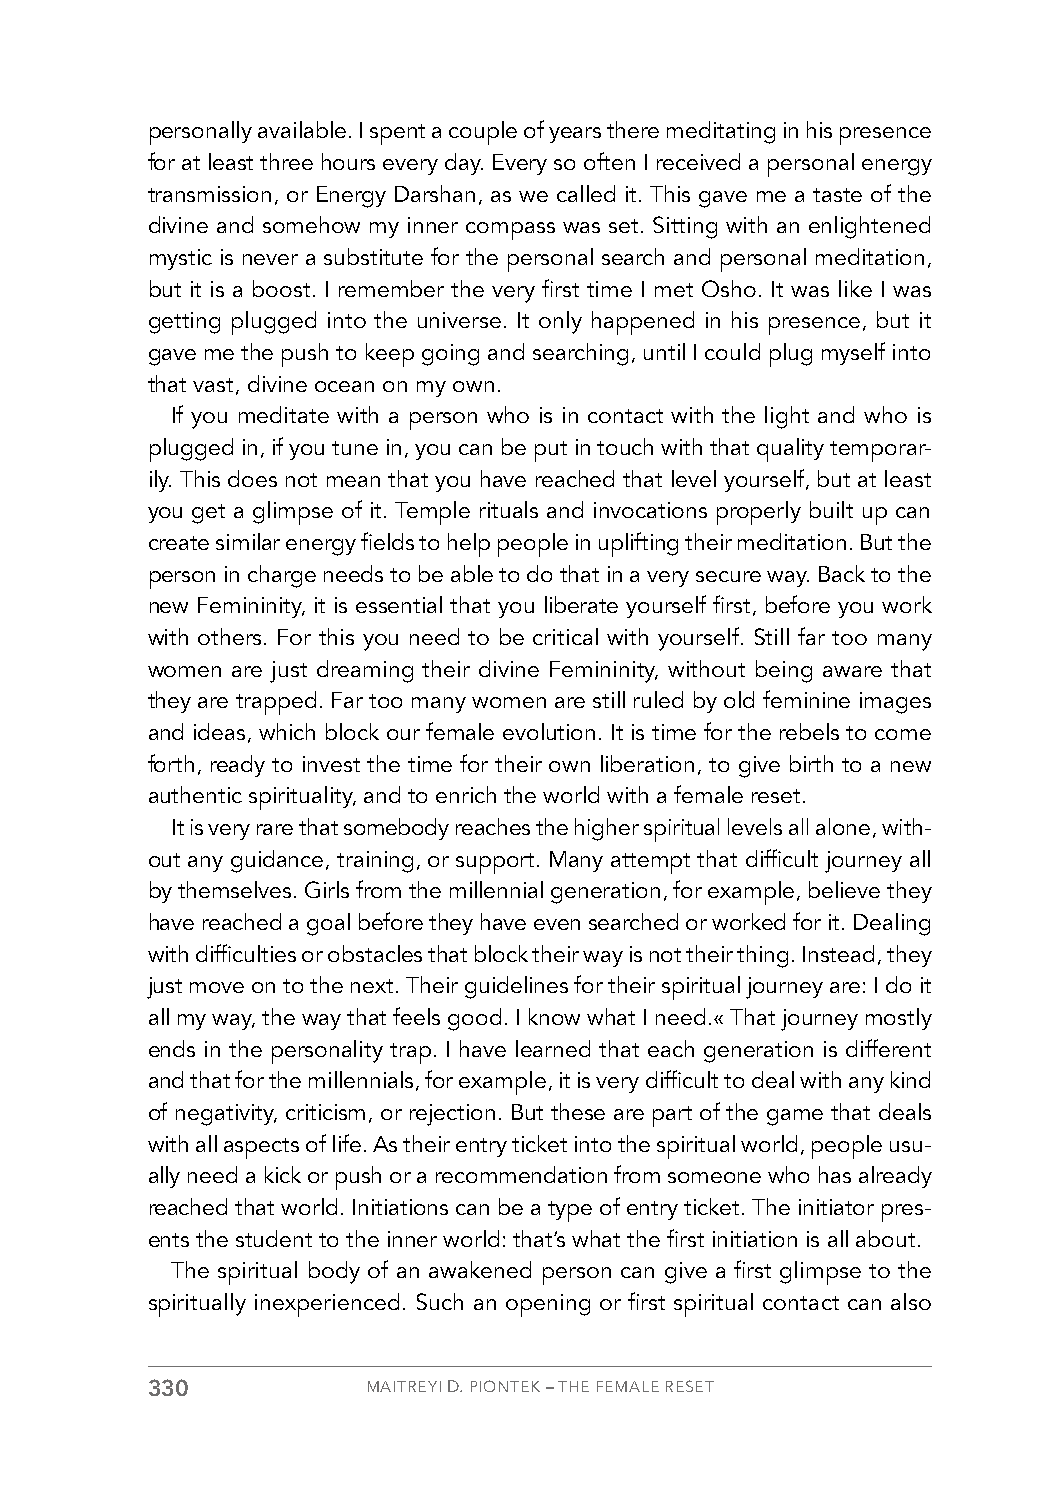
personally available. I spent a couple of years there meditating in his presence
 for at least three hours every day. Every so often I received a personal energy
 transmission, or Energy Darshan, as we called it. This gave me a taste of the
 divine and somehow my inner compass was set. Sitting with an enlightened
 mystic is never a substitute for the personal search and personal meditation,
 but it is a boost. I remember the very first time I met Osho. It was like I was
 getting plugged into the universe. It only happened in his presence, but it
 gave me the push to keep going and searching, until I could plug myself into
 that vast, divine ocean on my own.
 If you meditate with a person who is in contact with the light and who is
 plugged in, if you tune in, you can be put in touch with that quality temporar-
 ily. This does not mean that you have reached that level yourself, but at least
 you get a glimpse of it. Temple rituals and invocations properly built up can
 create similar energy fields to help people in uplifting their meditation. But the
 person in charge needs to be able to do that in a very secure way. Back to the
 new Femininity, it is essential that you liberate yourself first, before you work
 with others. For this you need to be critical with yourself. Still far too many
 women are just dreaming their divine Femininity, without being aware that
 they are trapped. Far too many women are still ruled by old feminine images
 and ideas, which block our female evolution. It is time for the rebels to come
 forth, ready to invest the time for their own liberation, to give birth to a new
 authentic spirituality, and to enrich the world with a female reset.
 It is very rare that somebody reaches the higher spiritual levels all alone, with-
 out any guidance, training, or support. Many attempt that difficult journey all
 by themselves. Girls from the millennial generation, for example, believe they
 have reached a goal before they have even searched or worked for it. Dealing
 with difficulties or obstacles that block their way is not their thing. Instead, they
 just move on to the next. Their guidelines for their spiritual journey are: I do it
 all my way, the way that feels good. I know what I need.« That journey mostly
 ends in the personality trap. I have learned that each generation is different
 and that for the millennials, for example, it is very difficult to deal with any kind
 of negativity, criticism, or rejection. But these are part of the game that deals
 with all aspects of life. As their entry ticket into the spiritual world, people usu-
 ally need a kick or push or a recommendation from someone who has already
 reached that world. Initiations can be a type of entry ticket. The initiator pres-
 ents the student to the inner world: that’s what the first initiation is all about.
 The spiritual body of an awakened person can give a first glimpse to the
 spiritually inexperienced. Such an opening or first spiritual contact can also
 330           MAITREYI D. PIONTEK – THE FEMALE RESET